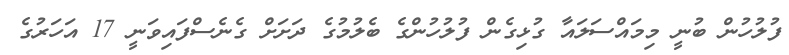
ފުލުހުން ބުނީ މިމައްސަލައާ ގުޅިގެން ފުލުހުންގެ ބެލުމުގެ ދަށަށް ގެނެސްފައިވަނީ 17 އަހަރުގެ